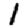
Digit: 1